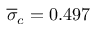
\overline { { \sigma } } _ { c } = 0 . 4 9 7